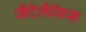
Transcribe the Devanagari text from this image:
सैंटेलेंसिस